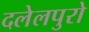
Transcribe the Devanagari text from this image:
दलेलपुरो